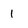
Character: 1